Annual administration report of the Civil Veterinary Department of India - 1893-1894
Year: 1893
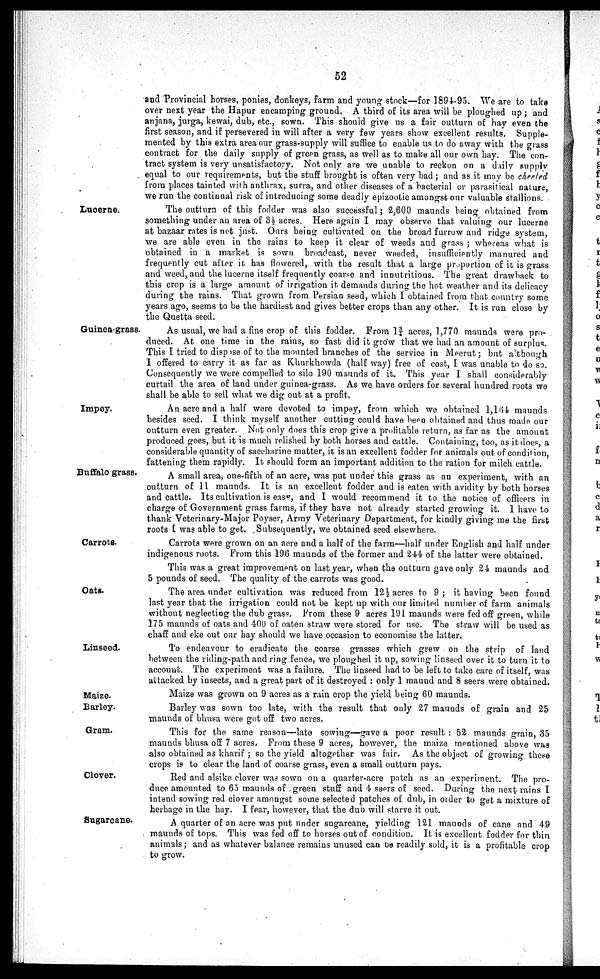
52
and Provincial horses, ponies, donkeys, farm and young stock—for 1894-95. We are to take
over next year the Hapur encamping ground. A third of its area will be ploughed up; and
anjana, jurga, kewai, dub, etc., sown. This should give us a fair outturn of hay even the
first season, and if persevered in will after a very few years show excellent results. Supple-
mented by this extra area our grass-supply will suffice to enable us to do away with the grass
contract for the daily supply of green grass, as well as to make all our own hay. The con-
tract system is very unsatisfactory. Not only are we unable to reckon on a daily supply
equal to our requirements, but the stuff brought is often very bad; and as it may be cheeled
from places tainted with anthrax, surra, and other diseases of a bacterial or parasitical nature,
we run the continual risk of introducing some deadly epizootic amongst our valuable stallions.
Luoerne.
The outturn of this fodder was also successful; 2,600 maunds being obtained from
something under an area of 3½ acres. Here again I may observe that valuing our lucerne
at bazaar rates is not just. Ours being cultivated on the broad furrow and ridge system,
we are able even in the rains to keep it clear of weeds and grass; whereas what is
obtained in a market is sown broadcast, never weeded, insufficiently manured and
frequently cut after it has flowered, with the result that a large proportion of it is grass
and weed, and the lucerne itself frequently coarse and innutritions. The great drawback to
this crop is a large amount of irrigation it demands during the hot weather and its delicacy
during the rains. That grown from Persian seed, which I obtained from that country some
years ago, seems to be the hardiest and gives better crops than any other. It is run close by
the Quetta seed.
Guinea-grass.
As usual, we had a fine crop of this fodder. From 1¾acres, 1,770 maunds were pro-
duced. At one time in the rains, so fast did it grow that we had an amount of surplus.
This I tried to dispose of to the mounted branches of the service in Meerut; but although
I offered to carry it as far as Khurkhowda (half way) free of cost, I was unable to do so.
Consequently we were compelled to silo 190 maunds of it. This year I shall considerably
curtail the area of land under guinea-grass. As we have orders for several hundred roots we
shall be able to sell what we dig out at a profit.
Impey.
An acre and a half were devoted to impey, from which we obtained 1,164 maunds
besides seed. I think myself another cutting could have been obtained and thus made our
outturn even greater. Not only does this crop give a profitable return, as far as the amount
produced goes, but it is much relished by both horses and cattle. Containing, too, as it does, a
considerable quantity of saccharine matter, it is an excellent fodder for animals out of condition,
fattening them rapidly. It should form an important addition to the ration for milch cattle.
Buffalo grass.
A small area, one-fifth of an acre, was put under this grass as an experiment, with an
outturn of 11 maunds. It is an excellent fodder and is eaten with avidity by both horses
and cattle. Its cultivation is easy, and I would recommend it to the notice of officers in
charge of Government grass farms, if they have not already started growing it. 1 have to
thank Veterinary-Major Poyser, Army Veterinary Department, for kindly giving me the first
roots I was able to get. Subsequently, we obtained seed elsewhere.
Carrots.
Carrots were grown on an acre and a half of the farm—half under English and half under
indigenous roots. From this 196 maunds of the former and 244 of the latter were obtained.
This was a great improvement on last year, when the outturn gave only 24 maunds and
5 pounds of seed. The quality of the carrots was good.
Oats.
The area under cultivation was reduced from 12½ acres to 9; it having been found
last year that the irrigation could not be kept up with our limited number of farm animals
without neglecting the dub grass. From these 9 acres 191 maunds were fed off green, while
175 maunds of oats and 400 of oaten straw were stored for use. The straw will be used as
chaff and eke out our hay should we have occasion to economise the latter.
Linseed.
To endeavour to eradicate the coarse grasses which grew on the strip of land
between the riding-path and ring fence, we ploughed it up, sowing linseed over it to turn it to
account. The experiment was a failure. The linseed had to be left to take care of itself, was
attacked by insects, and a great part of it destroyed: only 1 maund and 8 seers were obtained.
Maize.
Maize was grown on 9 acres as a rain crop the yield being 60 maunds.
Barley.
Barley was sown too late, with the result that only 27 maunds of grain and 25
maunds of bhusa were got off two acres.
Gram.
This for the same reason—late sowing—gave a poor result: 52 maunds grain, 35
maunds bhusa off 7 acres. From these 9 acres, however, the maize mentioned above was
also obtained as kharif; so the yield altogether was fair. As the object of growing these
crops is to clear the land of coarse grass, even a small outturn pays.
Clover.
Red and alsike clover was sown on a quarter-acre patch as an experiment. The pro-
duce amounted to 65 maunds of green stuff and 4 seers of seed. During the next rains I
intend sowing red clover amongst some selected patches of dub, in order to get a mixture of
herbage in the hay. I fear, however, that the dub will starve it out.
Sugarcane.
A quarter of an acre was put under sugarcane, yielding 121 maunds of cane and 49
maunds of tops. This was fed off to horses out of condition. It is excellent fodder for thin
animals; and as whatever balance remains unused can be readily sold, it is a profitable crop
to grow.